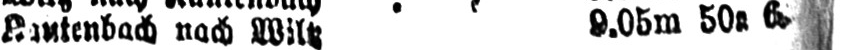
nach Wiltz 9.05m 50a 6a